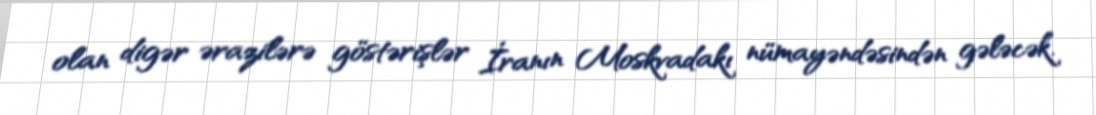
olan digər ərazilərə göstərişlər İranın Moskvadakı nümayəndəsindən gələcək.